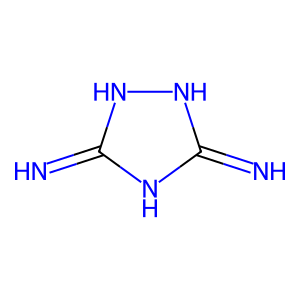
SMILES: N=c1[nH][nH]c(=N)[nH]1
Inhibits HIV replication: No